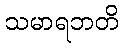
သမာရဘတိ